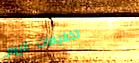
تخفيضات اليوم